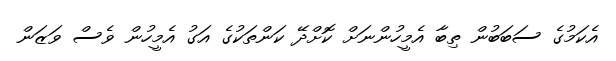
އެކަމުގެ ސަބަބުން ތިބާ އެމީހުންނަށް ކޮށްދޭ ކަންތަކުގެ އަގު އެމީހުން ވެސް ވަޒަން